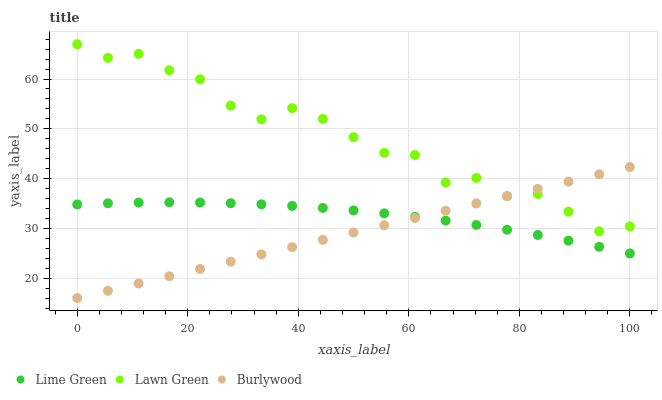
| xaxis_label | Lime Green | Lawn Green | Burlywood |
 | --- | --- | --- | --- |
 | 0 | 34.8 | 67 | 16 |
 | 5.56 | 35 | 64.2 | 17.5 |
 | 11.1 | 35.2 | 65.1 | 18.9 |
 | 16.7 | 35.2 | 61.8 | 20.4 |
 | 22.2 | 35.2 | 60 | 21.8 |
 | 27.8 | 35.1 | 54.7 | 23.3 |
 | 33.3 | 34.8 | 51.9 | 24.8 |
 | 38.9 | 34.5 | 54.2 | 26.2 |
 | 44.4 | 34.1 | 52 | 27.7 |
 | 50 | 33.6 | 48.3 | 29.2 |
 | 55.6 | 33 | 45.2 | 30.6 |
 | 61.1 | 32.3 | 44.8 | 32.1 |
 | 66.7 | 31.6 | 39.2 | 33.5 |
 | 72.2 | 30.7 | 40.1 | 35 |
 | 77.8 | 29.7 | 36.5 | 36.5 |
 | 83.3 | 28.7 | 36.9 | 37.9 |
 | 88.9 | 27.5 | 33.4 | 39.4 |
 | 94.4 | 26.3 | 29.4 | 40.9 |
 | 100 | 25 | 30.4 | 42.3 |